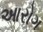
આરોગ